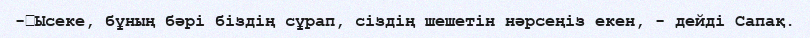
-	Ысеке, бұның бәрі біздің сұрап, сіздің шешетін нәрсеңіз екен, - дейді Сапақ.